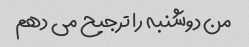
من دوشنبه را ترجیح می دهم